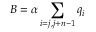
B = \alpha \sum _ { i = j , j + n - 1 } q _ { i }